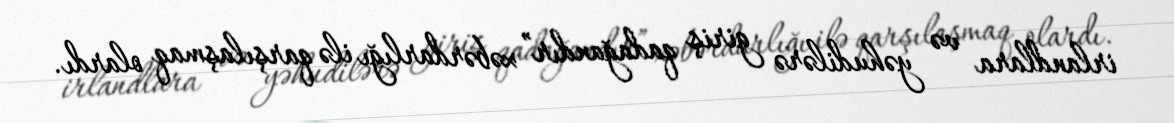
irlandlara və yəhudilərə giriş qadağandır” xəbərdarlığı ilə qarşılaşmaq olardı.